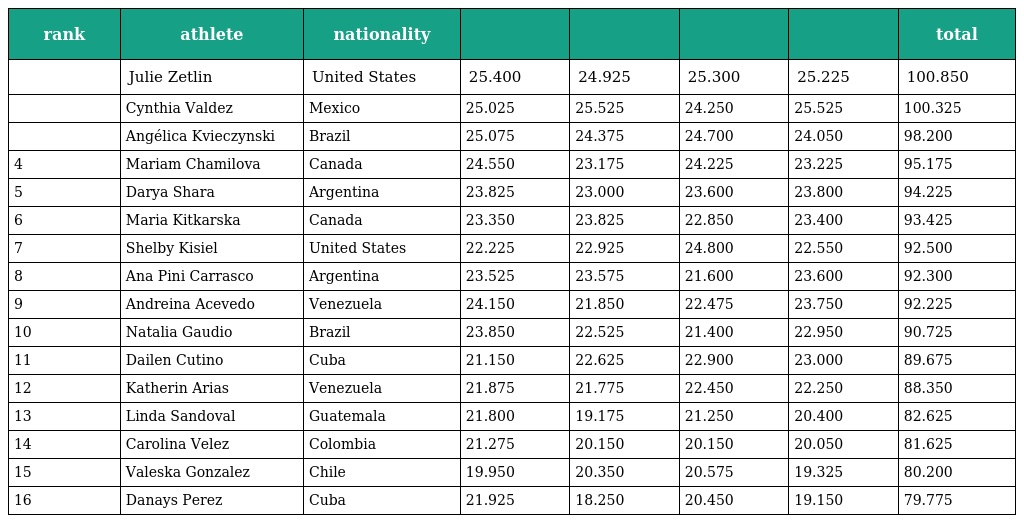
| rank | athlete | nationality |  |  |  |  | total |
 | --- | --- | --- | --- | --- | --- | --- | --- |
 |  | Julie Zetlin | United States | 25.400 | 24.925 | 25.300 | 25.225 | 100.850 |
 |  | Cynthia Valdez | Mexico | 25.025 | 25.525 | 24.250 | 25.525 | 100.325 |
 |  | Angélica Kvieczynski | Brazil | 25.075 | 24.375 | 24.700 | 24.050 | 98.200 |
 | 4 | Mariam Chamilova | Canada | 24.550 | 23.175 | 24.225 | 23.225 | 95.175 |
 | 5 | Darya Shara | Argentina | 23.825 | 23.000 | 23.600 | 23.800 | 94.225 |
 | 6 | Maria Kitkarska | Canada | 23.350 | 23.825 | 22.850 | 23.400 | 93.425 |
 | 7 | Shelby Kisiel | United States | 22.225 | 22.925 | 24.800 | 22.550 | 92.500 |
 | 8 | Ana Pini Carrasco | Argentina | 23.525 | 23.575 | 21.600 | 23.600 | 92.300 |
 | 9 | Andreina Acevedo | Venezuela | 24.150 | 21.850 | 22.475 | 23.750 | 92.225 |
 | 10 | Natalia Gaudio | Brazil | 23.850 | 22.525 | 21.400 | 22.950 | 90.725 |
 | 11 | Dailen Cutino | Cuba | 21.150 | 22.625 | 22.900 | 23.000 | 89.675 |
 | 12 | Katherin Arias | Venezuela | 21.875 | 21.775 | 22.450 | 22.250 | 88.350 |
 | 13 | Linda Sandoval | Guatemala | 21.800 | 19.175 | 21.250 | 20.400 | 82.625 |
 | 14 | Carolina Velez | Colombia | 21.275 | 20.150 | 20.150 | 20.050 | 81.625 |
 | 15 | Valeska Gonzalez | Chile | 19.950 | 20.350 | 20.575 | 19.325 | 80.200 |
 | 16 | Danays Perez | Cuba | 21.925 | 18.250 | 20.450 | 19.150 | 79.775 |